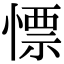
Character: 慓